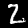
Digit: 2